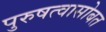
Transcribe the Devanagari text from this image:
पुरुषत्वासोबत